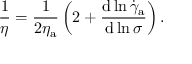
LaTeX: { \frac { 1 } { \eta } } = { \frac { 1 } { 2 \eta _ { \mathrm { a } } } } \left( 2 + { \frac { \mathrm { d } \ln { { \dot { \gamma } } _ { \mathrm { a } } } } { \mathrm { d } \ln { \sigma } } } \right) .